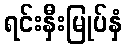
ရင်းနှီးမြုပ်နှံ